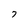
Character: 7